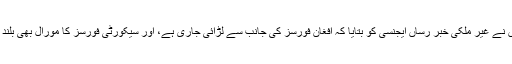
انہوں نے غیر ملکی خبر رساں ایجنسی کو بتایا کہ افغان فورسز کی جانب سے لڑائی جاری ہے، اور سیکورٹی فورسز کا مورال بھی بلند ہے۔